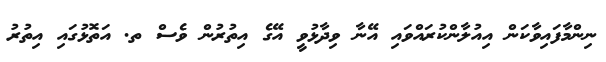
ނިންމާފައިވާކަން އިއުލާންކުރައްވައި އޭނާ ވިދާޅުވީ އޭގެ އިތުރުން ވެސް ތ. އަތޮޅުގައި އިތުރު